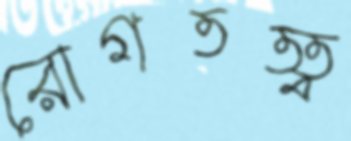
রোগতত্ত্ব